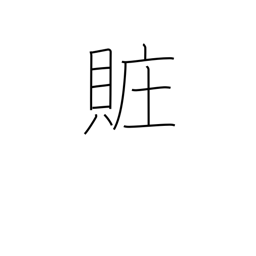
Meaning: bribery